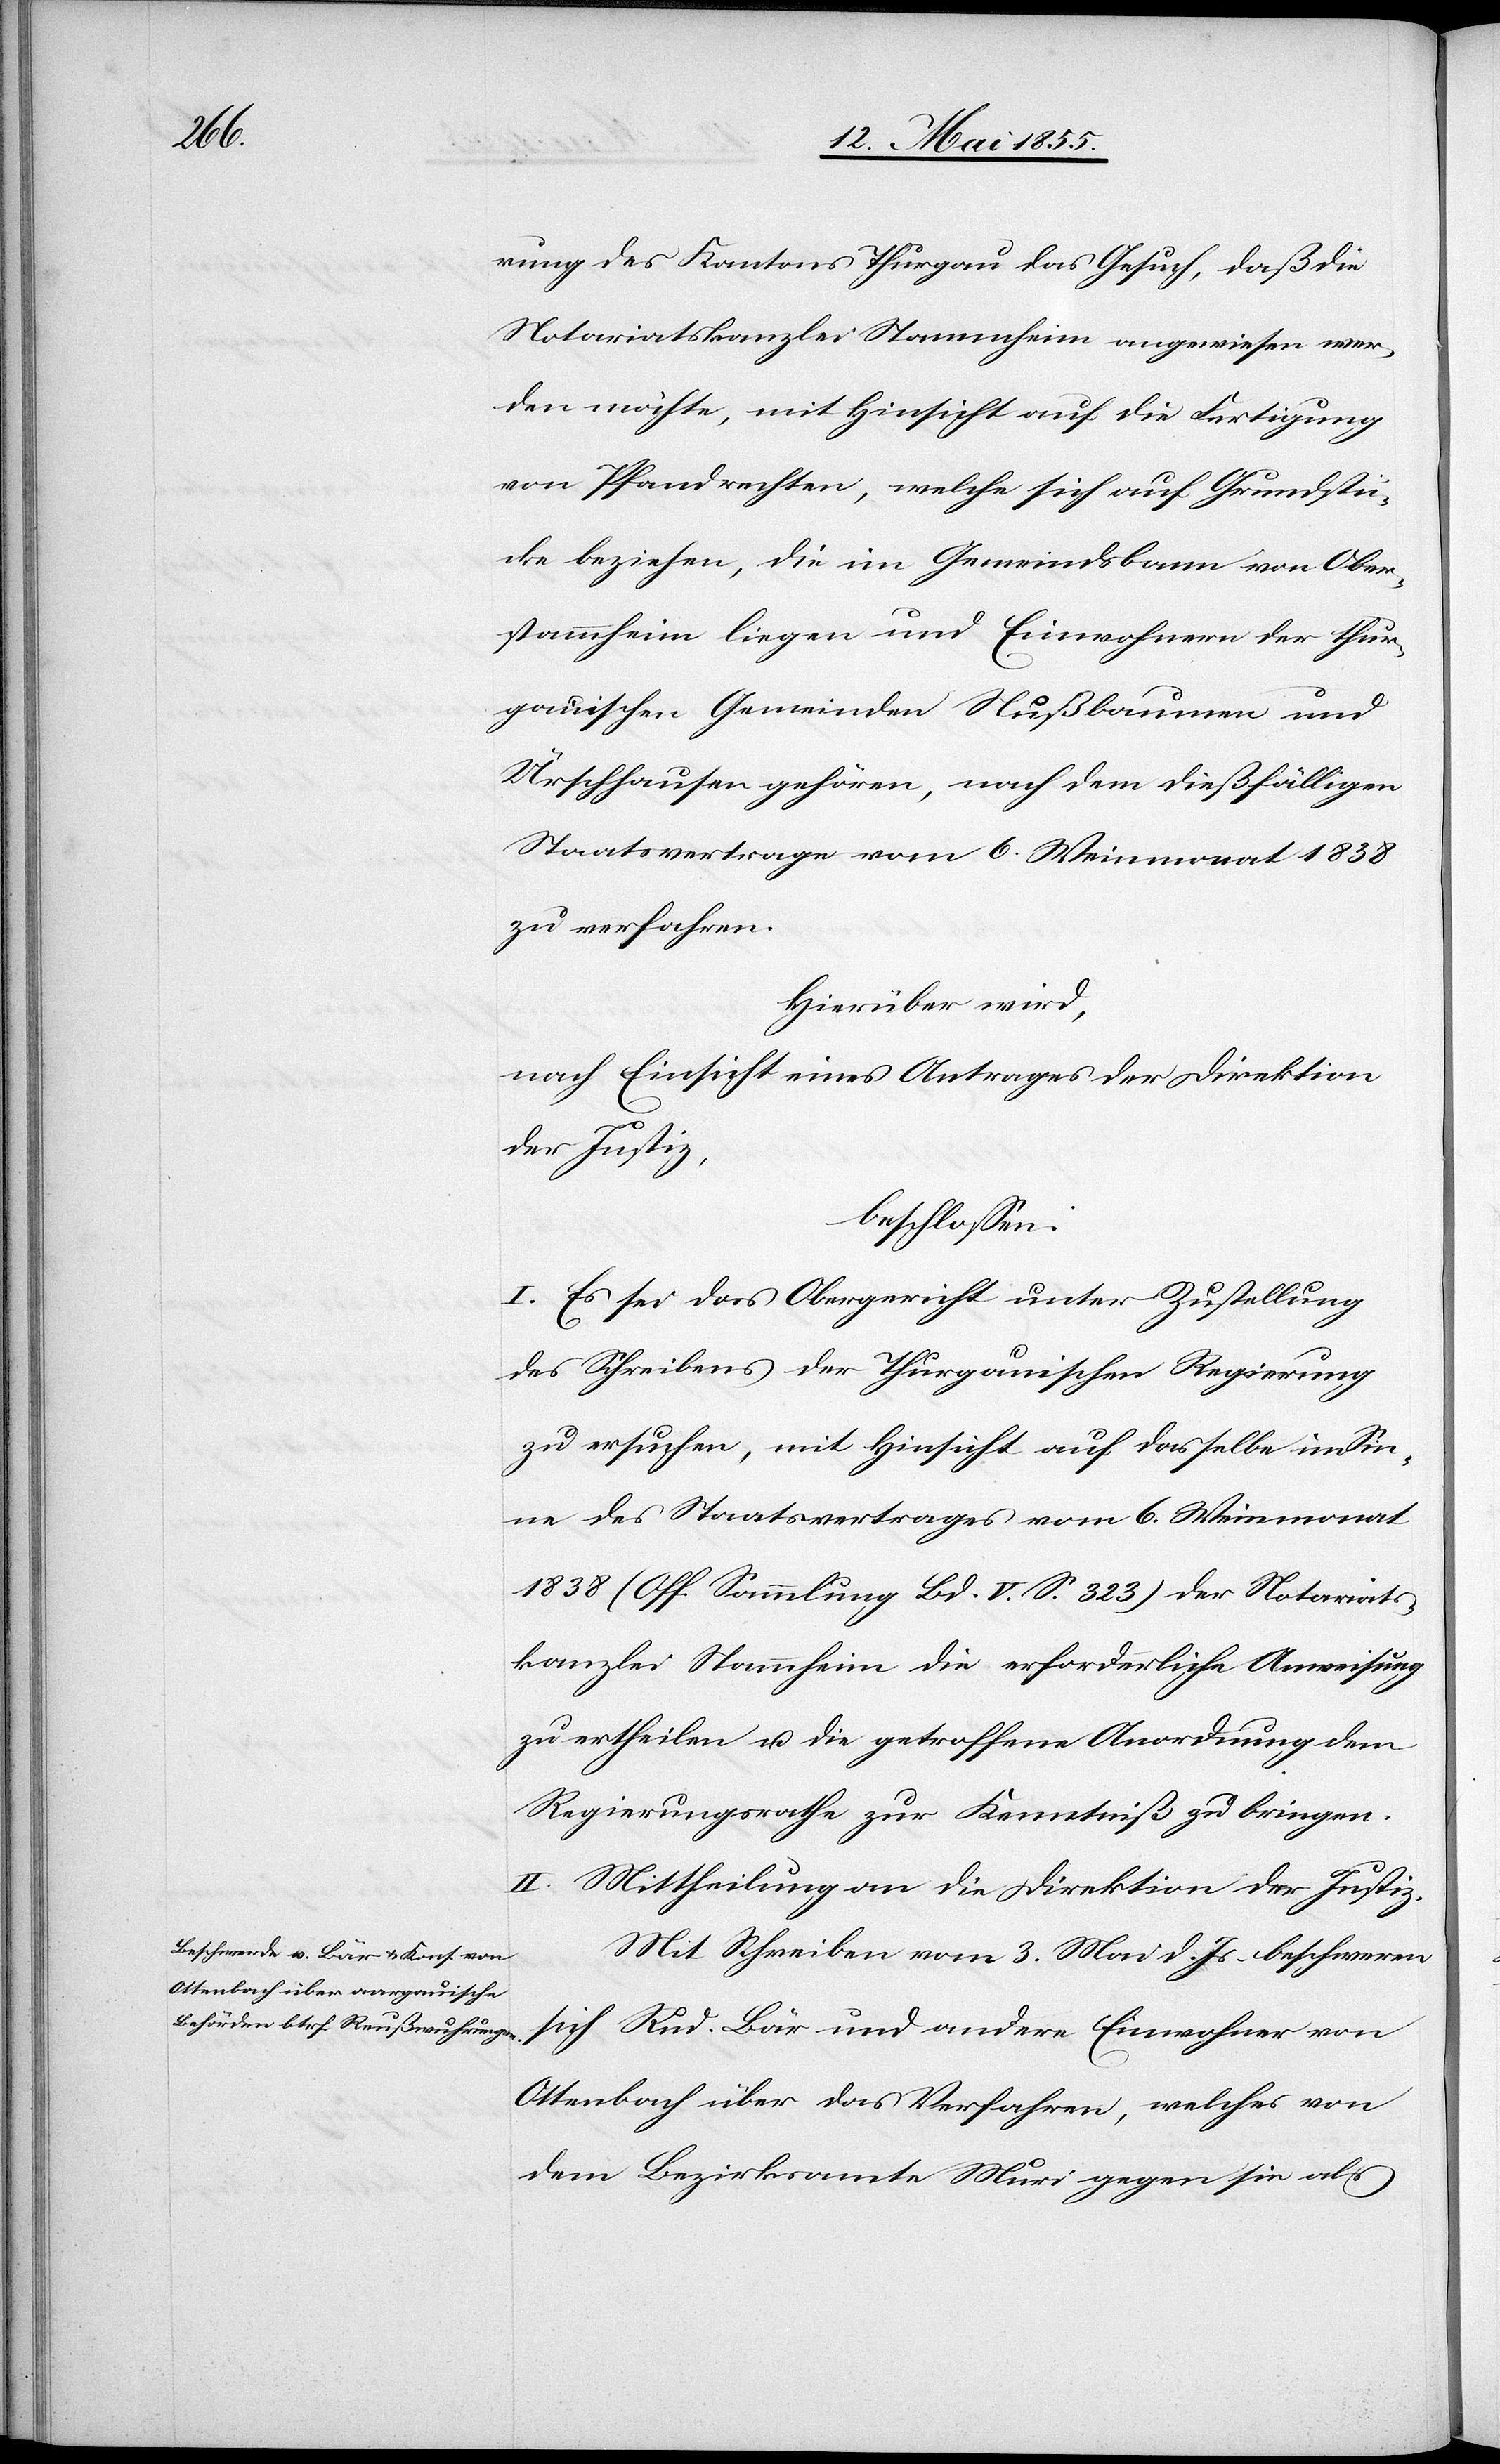
rung des Kantons Thurgau das Gesuch, daß die
Notariatskanzlei Stammheim angewiesen wer¬
den möchte, mit Hinsicht auf die Fertigung
von Pfandrechten, welche sich auf Grundstü¬
cke beziehen, die im Gemeindsbann von Ober¬
stammheim liegen und Einwohnern der thur¬
gauischen Gemeinden Nußbaumen und
Ürschhausen gehören, nach dem dießfälligen
Staatsvertrage vom 6. Weinmonat 1838
zu verfahren.
Hierüber wird,
nach Einsicht eines Antrages der Direktion
der Justiz,
beschlossen:
I. Es sei das Obergericht unter Zustellung
des Schreibens der Thurgauischen Regierung
zu ersuchen, mit Hinsicht auf dasselbe im Sin¬
ne des Staatsvertrages vom 6. Weinmonat
1838 (Off. Sammlung Bd. V. S. 323) der Notariats¬
kanzlei Stammheim die erforderliche Anweisung
zu ertheilen u. die getroffene Anordnung dem
Regierungsrathe zur Kenntniß zu bringen.
II. Mittheilung an die Direktion der Justiz.
Mit Schreiben vom 3. Mai d. Js. beschweren
sich Rud. Bär und andere Einwohner von
Ottenbach über das Verfahren, welches von
dem Bezirksamte Muri gegen sie als